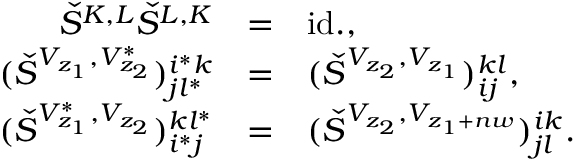
\begin{array} { r c l } { { \check { S } ^ { K , L } \check { S } ^ { L , K } } } & { { = } } & { { \mathrm { i d . } , } } \\ { { ( \check { S } ^ { V _ { z _ { 1 } } , V _ { z _ { 2 } } ^ { * } } ) _ { j l ^ { * } } ^ { i ^ { * } k } } } & { { = } } & { { ( \check { S } ^ { V _ { z _ { 2 } } , V _ { z _ { 1 } } } ) _ { i j } ^ { k l } , } } \\ { { ( \check { S } ^ { V _ { z _ { 1 } } ^ { * } , V _ { z _ { 2 } } } ) _ { i ^ { * } j } ^ { k l ^ { * } } } } & { { = } } & { { ( \check { S } ^ { V _ { z _ { 2 } } , V _ { z _ { 1 } + n w } } ) _ { j l } ^ { i k } . } } \end{array}